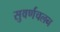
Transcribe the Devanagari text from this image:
सुवर्णचलन